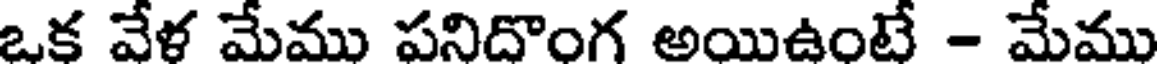
ఒక వేళ మేము పనిదొంగ అయిఉంటే - మేము